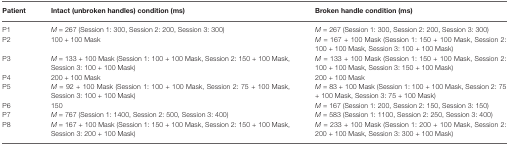
| Patient | Intact (unbroken handles) condition (ms) | Broken handle condition (ms) |
 | --- | --- | --- |
 | P1 | M = 267 (Session 1: 300, Session 2: 200, Session 3: 300) | M = 267 (Session 1: 300, Session 2: 200, Session 3: 300) |
 | P2 | 100 + 100 Mask | M = 167 + 100 Mask (Session 1: 150 + 100 Mask, Session 2: 100 + 100 Mask, Session 3: 100 + 100 Mask) |
 | P3 | M = 133 + 100 Mask (Session 1: 100 + 100 Mask, Session 2: 150 + 100 Mask, Session 3: 100 + 100 Mask) | M = 133 + 100 Mask (Session 1: 150 + 100 Mask, Session 2: 100 + 100 Mask, Session 3: 150 + 100 Mask) |
 | P4 | 200 + 100 Mask | 200 + 100 Mask |
 | P5 | M = 92 + 100 Mask (Session 1: 100 + 100 Mask, Session 2: 75 + 100 Mask, Session 3: 100 + 100 Mask) | M = 83 + 100 Mask (Session 1: 100 + 100 Mask, Session 2: 75 + 100 Mask, Session 3: 75 + 100 Mask) |
 | P6 | 150 | M = 167 (Session 1: 200, Session 2: 150, Session 3: 150) |
 | P7 | M = 767 (Session 1: 1400, Session 2: 500, Session 3: 400) | M = 583 (Session 1: 1100, Session 2: 250, Session 3: 400) |
 | P8 | M = 167 + 100 Mask (Session 1: 150 + 100 Mask, Session 2: 150 + 100 Mask, Session 3: 200 + 100 Mask) | M = 233 + 100 Mask (Session 1: 200 + 100 Mask, Session 2: 200 + 100 Mask, Session 3: 300 + 100 Mask) |